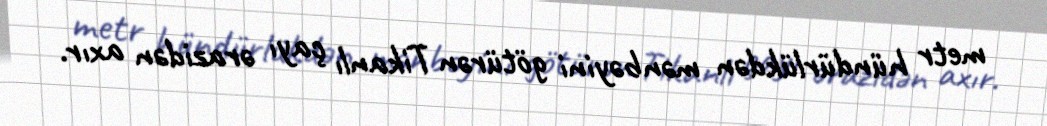
metr hündürlükdən mənbəyini götürən Tikanlı çayı ərazidən axır.